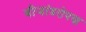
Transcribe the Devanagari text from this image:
बीजांडरोपण